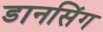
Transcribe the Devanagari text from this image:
डानसिंग